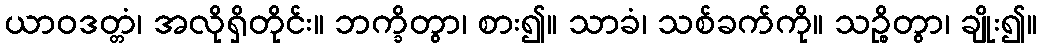
ယာဝဒတ္တံ၊ အလိုရှိတိုင်း။ ဘက္ခိတွာ၊ စား၍။ သာခံ၊ သစ်ခက်ကို။ သဉ္စိတွာ၊ ချိုး၍။